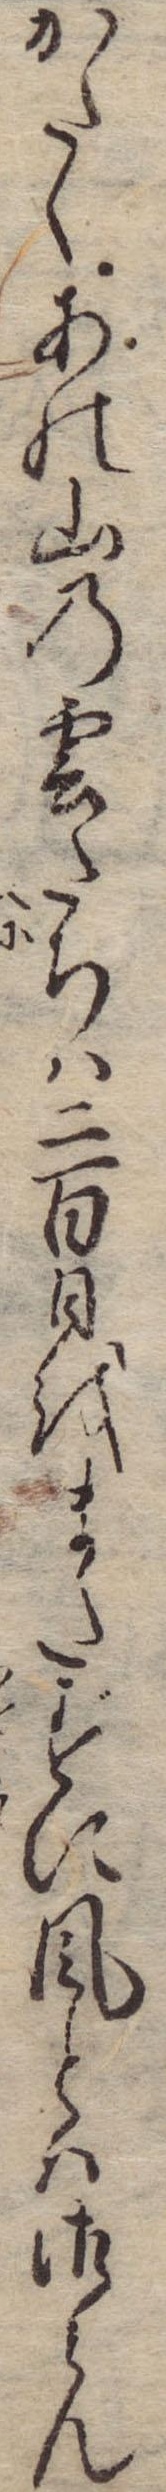
かたくあの山の雲だちは二百日をまたずに風とは御らん